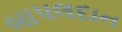
બાપલદાન